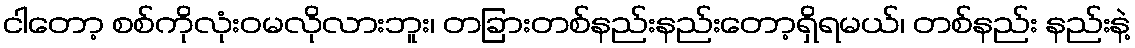
ငါတော့ စစ်ကိုလုံးဝမလိုလားဘူး၊ တခြားတစ်နည်းနည်းတော့ရှိရမယ်၊ တစ်နည်း နည်းနဲ့